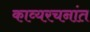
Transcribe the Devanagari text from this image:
काव्यरचनांत